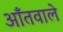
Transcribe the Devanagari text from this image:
आँतवाले